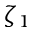
\zeta _ { 1 }